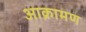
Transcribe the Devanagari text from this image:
आक्रामण